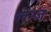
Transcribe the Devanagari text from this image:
लेन्ज